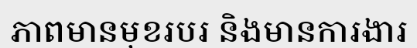
ភាពមានមុខរបរ និងមានការងារ